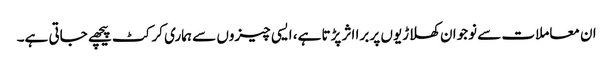
ان معاملات سے نوجوان کھلاڑیوں پر برا اثر پڑتا ہے، ایسی چیزوں سے ہماری کرکٹ پیچھے جاتی ہے۔